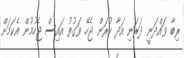
ރިބާ ވައްދަނީ ދަރަނި އަދާ ކުރަން ޖެހޭ ވަގުތު އައިސް ޖެހުމުން އެކަމަށް